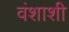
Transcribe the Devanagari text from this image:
वंशाशी